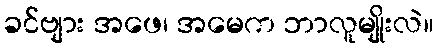
ခင်ဗျား အဖေ၊ အမေက ဘာလူမျိုးလဲ။